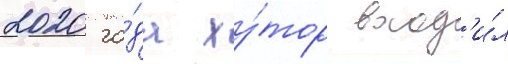
2020 го́да ху́тор вход'и́л